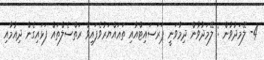
4- ލޭމަދުވުން : ލޭމަދުވާން ދިމާވަނީ ޕަރަސައިޓްއާއި ތަޣައްޔަރުވެފައިވާ ރަތްސެލްތައް ފަޅައިގެން ދިއުމާއި